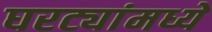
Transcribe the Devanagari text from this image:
घरट्यांमध्ये